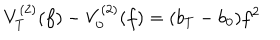
V _ { T } ^ { ( 2 ) } ( f ) - V _ { 0 } ^ { ( 2 ) } ( f ) = ( b _ { T } - b _ { 0 } ) f ^ { 2 }